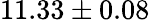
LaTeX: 11.33\pm 0.08